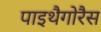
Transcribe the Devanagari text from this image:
पाइथैगोरैस